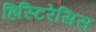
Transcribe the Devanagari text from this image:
हिस्टिरेसिस